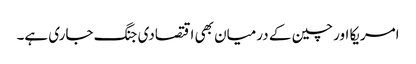
امریکا اور چین کے درمیان بھی اقتصادی جنگ جاری ہے۔